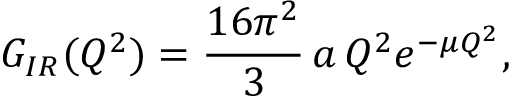
G _ { I R } ( Q ^ { 2 } ) = { \frac { 1 6 \pi ^ { 2 } } { 3 } } \, a \, Q ^ { 2 } e ^ { - \mu Q ^ { 2 } } ,